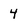
Character: 4